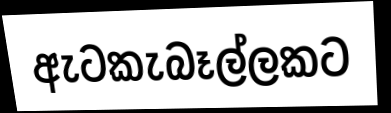
ඇටකැබෑල්ලකට